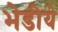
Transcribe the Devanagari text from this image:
भेडीये